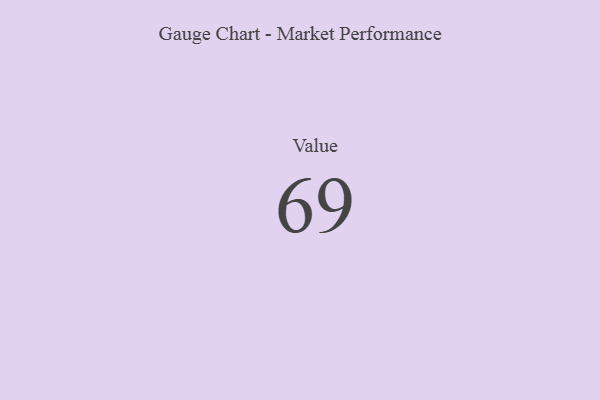
{"axis": {"x": "Metric", "y": "Value"}, "legend": [""], "data": [{"x": "Value", "y": 69, "type": ""}]}